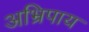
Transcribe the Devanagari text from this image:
अभ्रिपाय